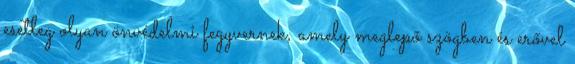
esetleg olyan önvédelmi fegyvernek, amely meglepő szögben és erővel